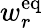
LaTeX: w_{r}^{\mathrm{{eq}}}